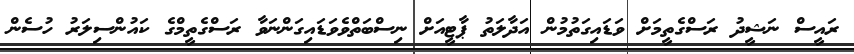
ރައީސް ނަޝީދު ރަސްގެތީމަށް ވަޑައިގަތުމުން އަދާލަތު ޕާޓީއަށް ނިސްބަތްވެވަޑައިގަންނަވާ ރަސްގެތީމްގެ ކައުންސިލަރު ހުސެން